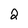
Character: 2